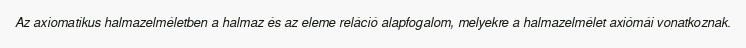
Az axiomatikus halmazelméletben a halmaz és az eleme reláció alapfogalom, melyekre a halmazelmélet axiómái vonatkoznak.